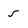
Character: 5